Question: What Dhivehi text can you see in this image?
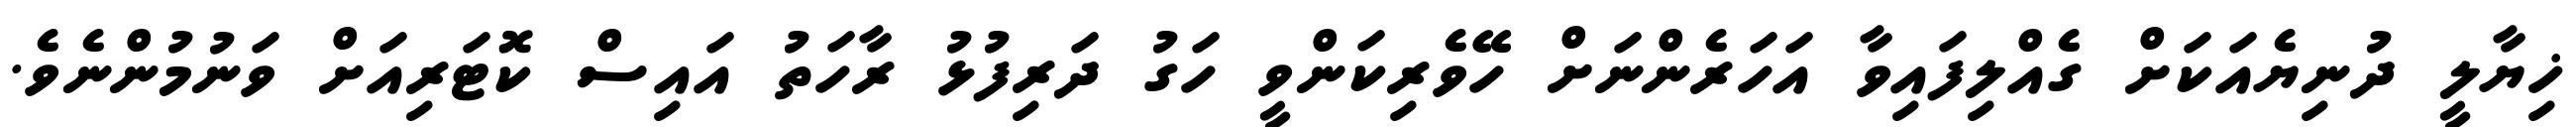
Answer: ޚިޔާލީ ދުނިޔެއަކަށް ގެއްލިފައިވާ އަހަރެންނަށް ހޭވެރިކަންވީ ހަގު ދަރިފުޅު ރާހަތު އައިސް ކޮޓަރިއަށް ވަނުމުންނެވެ.